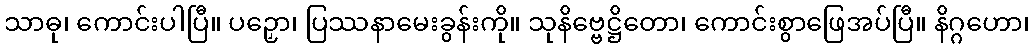
သာဓု၊ ကောင်းပါပြီ။ ပဉှော၊ ပြဿနာမေးခွန်းကို။ သုနိဗ္ဗေဋ္ဌိတော၊ ကောင်းစွာဖြေအပ်ပြီ။ နိဂ္ဂဟော၊